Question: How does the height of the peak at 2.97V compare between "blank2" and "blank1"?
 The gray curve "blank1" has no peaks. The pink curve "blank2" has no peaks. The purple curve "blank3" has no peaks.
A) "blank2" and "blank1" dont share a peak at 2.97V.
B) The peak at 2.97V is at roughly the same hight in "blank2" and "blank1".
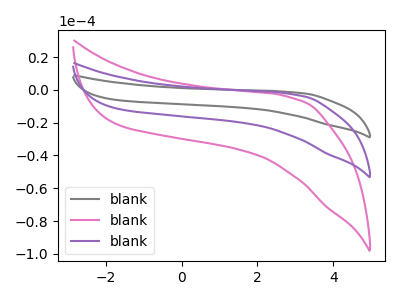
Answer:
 <answer>A) "blank2" and "blank1" dont share a peak at 2.97V.</answer>
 <eval>A</eval>